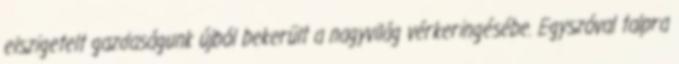
elszigetelt gazdaságunk újból bekerült a nagyvilág vérkeringésébe. Egyszóval talpra